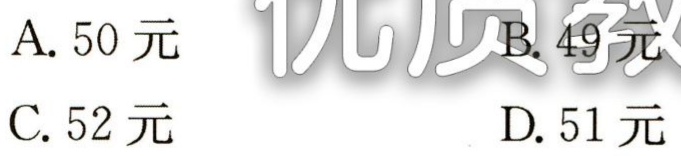
A. 50 元

B. 49 元

C. 52 元

D. 51 元